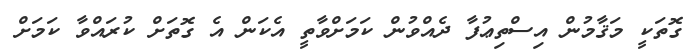
ގޮތަކީ މަޤާމުން އިސްތިޢުފާ ދެއްވުން ކަމަށްވާތީ އެކަން އެ ގޮތަށް ކުރައްވާ ކަމަށް